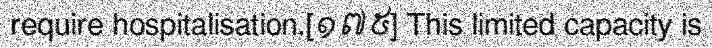
require hospitalisation.[១៧៥] This limited capacity is